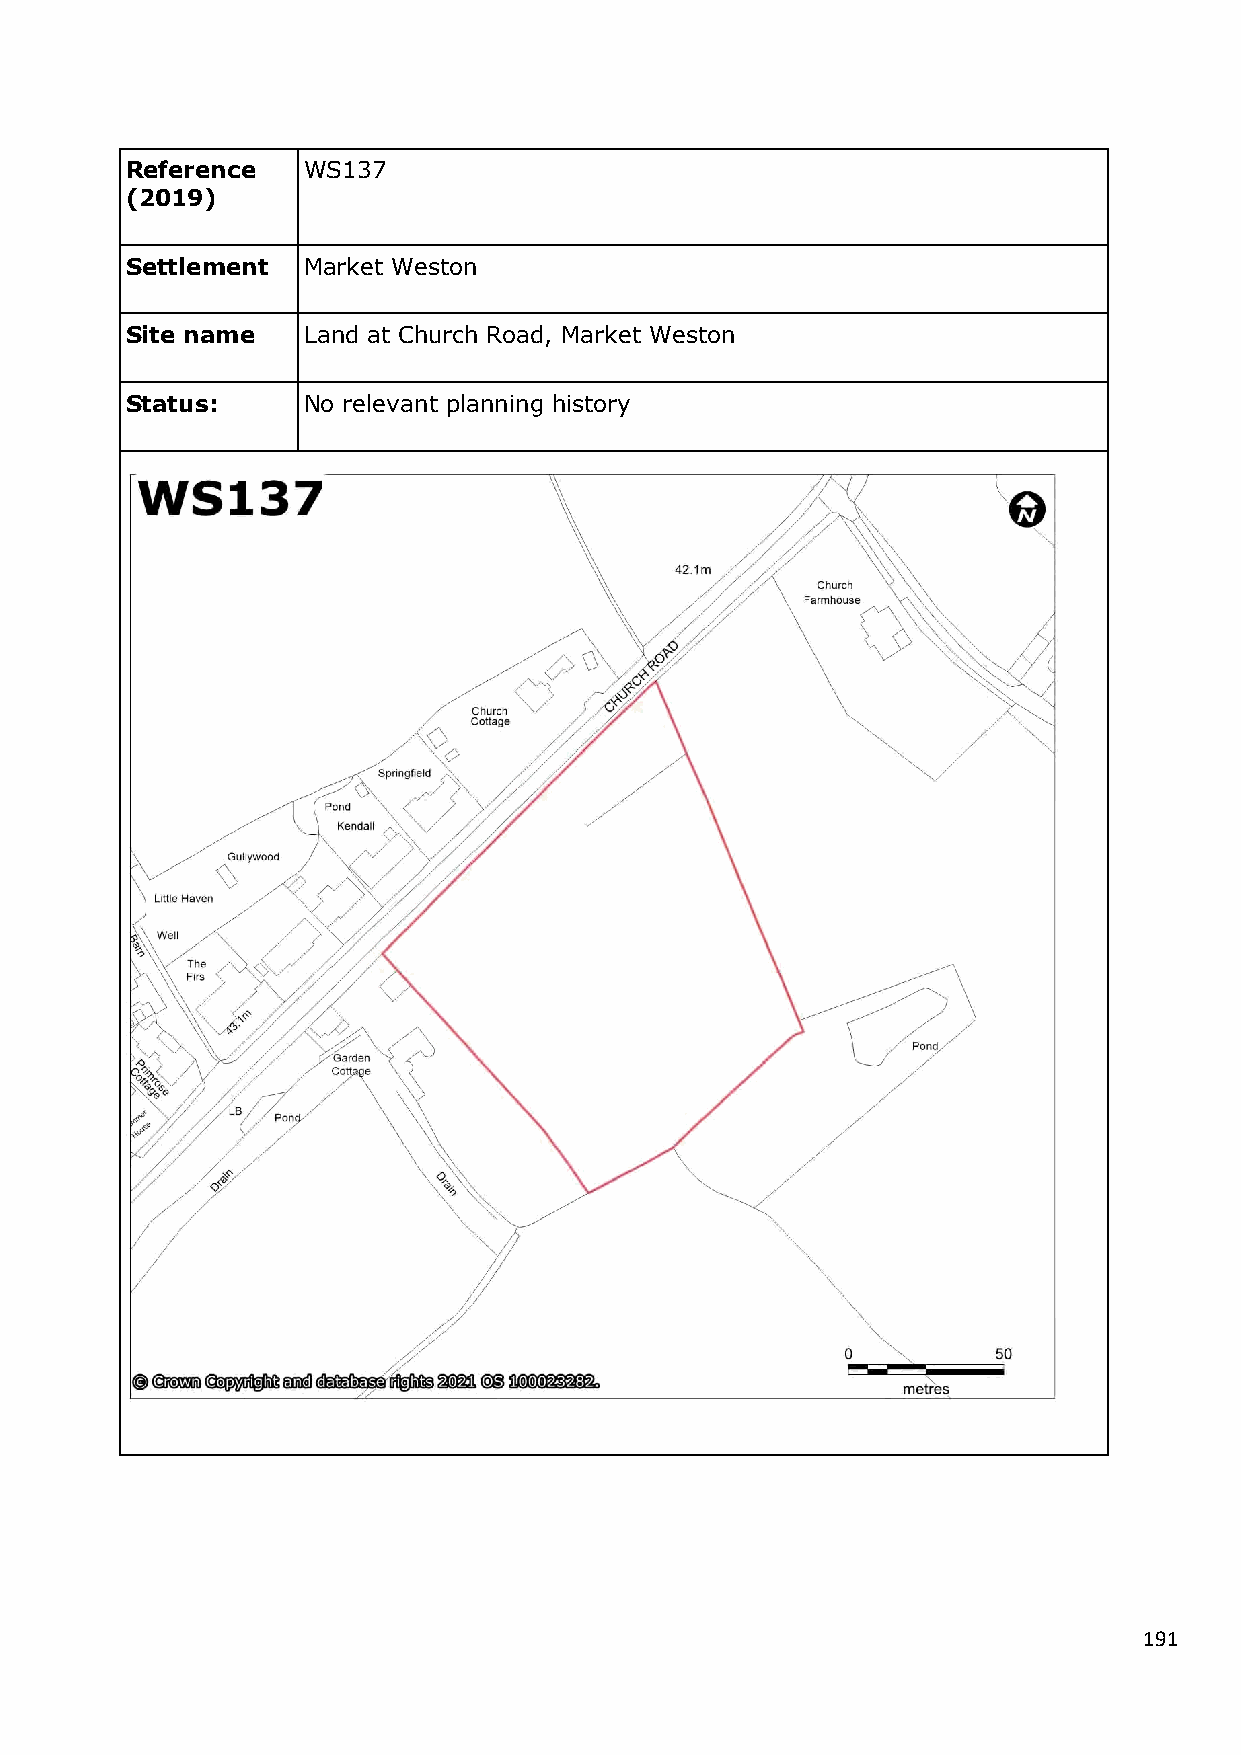
Reference   WS137
 (2019)
 Settlement  Market Weston
 Site name   Land at Church Road, Market Weston
 Status:     No relevant planning history
 191